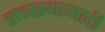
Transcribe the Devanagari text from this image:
राजस्थानादी